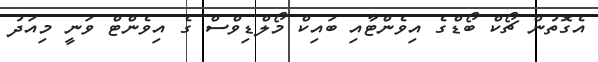
އެގޮތުން ޗޯކް ބޯޑްގެ އިވެންޓާއި ބައިކް މޯލްޑިވްސް ގެ އިވެންޓް ވަނީ މިއަދު